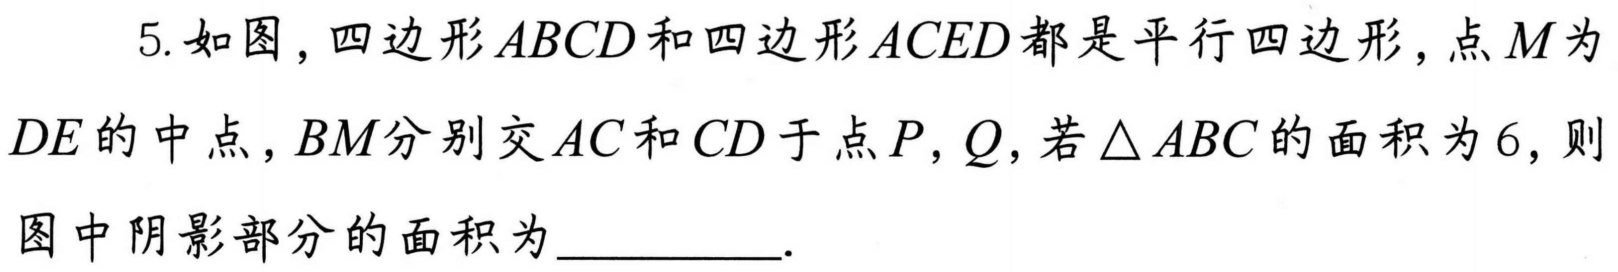
5.如图，四边形\(ABCD\)和四边形\(ACED\)都是平行四边形，点\(M\)为\(DE\)的中点，\(BM\)分别交\(AC\)和\(CD\)于点\(P,Q\)，若\(\triangle ABC\)的面积为\(6\)，则图中阴影部分的面积为_________.